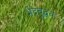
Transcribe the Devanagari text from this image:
भेदबुद्धयः